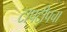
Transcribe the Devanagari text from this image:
टापटीपचा